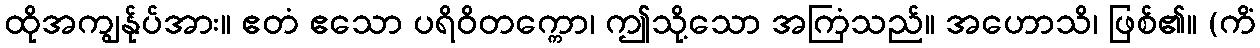
ထိုအကျွန်ုပ်အား။ ဧတံ ဧသော ပရိဝိတက္ကော၊ ဤသို့သော အကြံသည်။ အဟောသိ၊ ဖြစ်၏။ (ကိံ